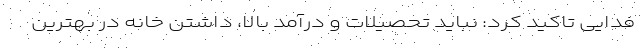
فدایی تاکید کرد: نباید تحصیلات و درآمد بالا، داشتن خانه در بهترین